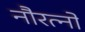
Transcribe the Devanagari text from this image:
नौरत्नों